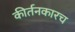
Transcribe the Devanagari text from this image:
कीर्तनकारच